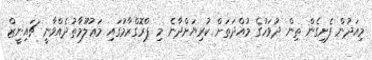
މިއަދުން ފެށިގެން ތިން ދުވަހުގެ މުއްދަތަށް ކުރިޔަށްދާނެ މި ޕްރޮގްރާމުގައި މަޢުލޫމާތުދެއްވާނީ ޗައިނީޒް